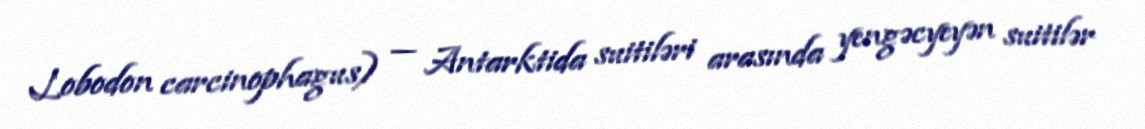
Lobodon carcinophagus) — Antarktida suitiləri arasında yengəcyeyən suitilər